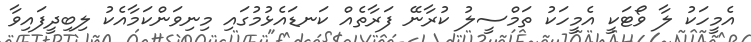
އެމީހަކު ލާ ވޯޓަކީ އެމީހަކު ތަމްސީލު ކުރާނޭ ފަރާތެއް ކަނޑައެޅުމުގައި މިނިވަންކަމާއެކު ލިބިދީފައިވާ